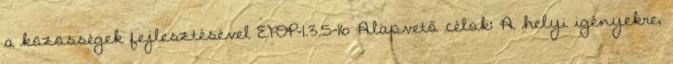
a közösségek fejlesztésével EFOP-1.3.5-16 Alapvető célok: A helyi igényekre,